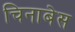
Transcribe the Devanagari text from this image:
चिनाबेस